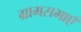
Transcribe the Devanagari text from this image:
ग्रामसभाएँ